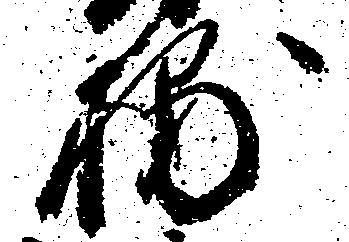
捕